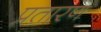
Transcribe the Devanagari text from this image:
प्रतारण